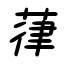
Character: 葎